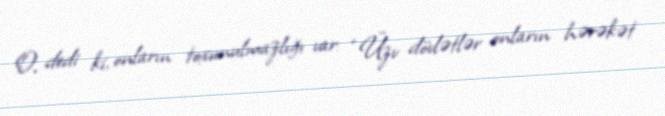
O, dedi ki, onların toxunulmazlığı var: “Üzv dövlətlər onların hərəkət